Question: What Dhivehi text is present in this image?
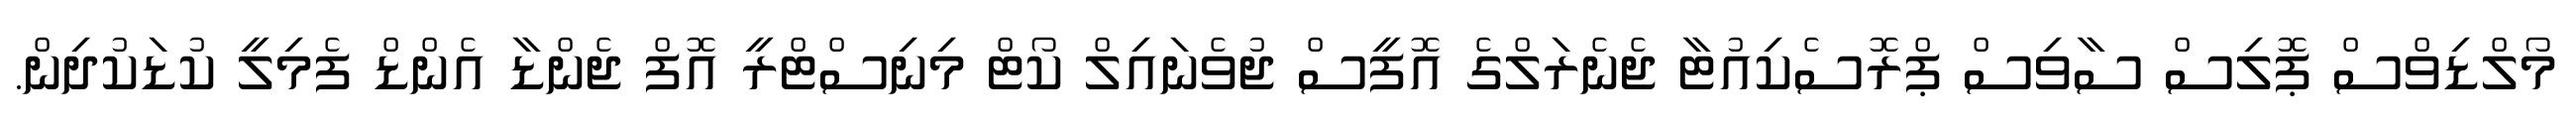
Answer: މޯލްޑިވްސް ޕޮލިސް ސާވިސް ޕްރޮސެކިއުޓާ ޖެނެރަލްގެ އޮފީސް ޖުވެނައިލް ކޯޓް މިނިސްޓްރީ އޮފް ޖެންޑާ އެންޑް ފެމިލީ ކުޑަކުދިން.